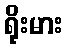
ရိုးမား